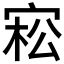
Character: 𡨭